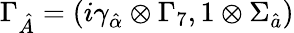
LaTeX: \Gamma_{\hat{A}}=(i\gamma_{\hat{\alpha}}\otimes\Gamma_{7},1\otimes\Sigma_{\hat{a}})